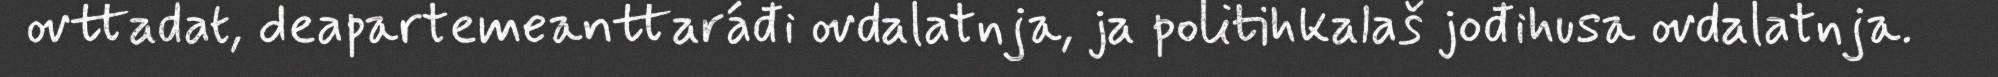
ovttadat, deapartemeanttaráđi ovdalatnja, ja politihkalaš jođihusa ovdalatnja.